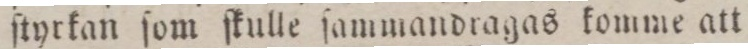
ſtyrkan ſom ſkulle ſammandragas komme att